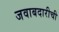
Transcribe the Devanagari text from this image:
जवाबदारीची